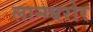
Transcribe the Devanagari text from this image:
लान्ग्बरोर